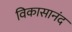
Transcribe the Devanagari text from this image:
विकासानंद